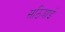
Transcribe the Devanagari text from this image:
सठियाई